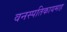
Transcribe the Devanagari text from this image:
वनस्पतिकायमाह